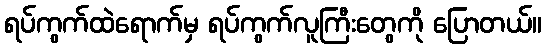
ရပ်ကွက်ထဲရောက်မှ ရပ်ကွက်လူကြီးတွေကို ပြောတယ်။